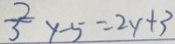
\frac { 2 } { 3 } y - 5 = 2 y + 3